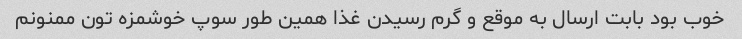
خوب بود بابت ارسال به موقع و گرم رسیدن غذا همین طور سوپ خوشمزه تون ممنونم